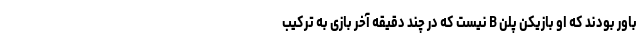
باور بودند که او بازیکن پلن B نیست که در چند دقیقه آخر بازی به ترکیب